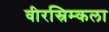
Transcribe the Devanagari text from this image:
वीरस्रिम्कला